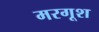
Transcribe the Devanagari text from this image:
मरगूश